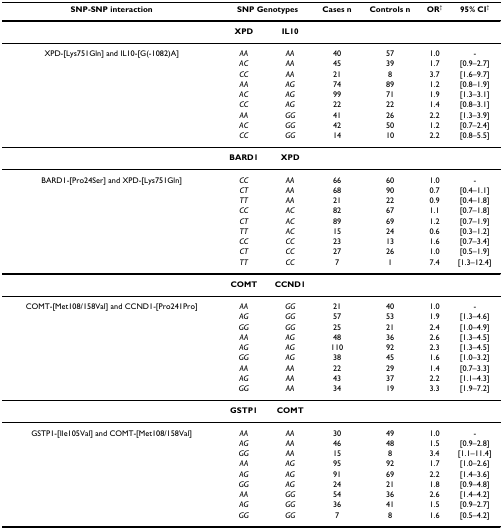
<table><thead><tr><td><b>SNP-SNP interaction</b></td><td colspan="2"><b>SNP Genotypes</b></td><td><b>Cases n</b></td><td><b>Controls n</b></td><td><b>OR<sup>†</sup></b></td><td><b>95% CI<sup>†</sup></b></td></tr></thead><tbody><tr><td></td><td><b>XPD</b></td><td><b>IL10</b></td><td></td><td></td><td></td><td></td></tr><tr><td>XPD-[Lys751Gln] and IL10-[G(-1082)A]</td><td><i>AA</i></td><td><i>AA</i></td><td>40</td><td>57</td><td>1.0</td><td>-</td></tr><tr><td></td><td><i>AC</i></td><td><i>AA</i></td><td>45</td><td>39</td><td>1.7</td><td>[0.9–2.7]</td></tr><tr><td></td><td><i>CC</i></td><td><i>AA</i></td><td>21</td><td>8</td><td>3.7</td><td>[1.6–9.7]</td></tr><tr><td></td><td><i>AA</i></td><td><i>AG</i></td><td>74</td><td>89</td><td>1.2</td><td>[0.8–1.9]</td></tr><tr><td></td><td><i>AC</i></td><td><i>AG</i></td><td>99</td><td>71</td><td>1.9</td><td>[1.3–3.1]</td></tr><tr><td></td><td><i>CC</i></td><td><i>AG</i></td><td>22</td><td>22</td><td>1.4</td><td>[0.8–3.1]</td></tr><tr><td></td><td><i>AA</i></td><td><i>GG</i></td><td>41</td><td>26</td><td>2.2</td><td>[1.3–3.9]</td></tr><tr><td></td><td><i>AC</i></td><td><i>GG</i></td><td>42</td><td>50</td><td>1.2</td><td>[0.7–2.4]</td></tr><tr><td></td><td><i>CC</i></td><td><i>GG</i></td><td>14</td><td>10</td><td>2.2</td><td>[0.8–5.5]</td></tr><tr><td></td><td><b>BARD1</b></td><td><b>XPD</b></td><td></td><td></td><td></td><td></td></tr><tr><td>BARD1-[Pro24Ser] and XPD-[Lys751Gln]</td><td><i>CC</i></td><td><i>AA</i></td><td>66</td><td>60</td><td>1.0</td><td>-</td></tr><tr><td></td><td><i>CT</i></td><td><i>AA</i></td><td>68</td><td>90</td><td>0.7</td><td>[0.4–1.1]</td></tr><tr><td></td><td><i>TT</i></td><td><i>AA</i></td><td>21</td><td>22</td><td>0.9</td><td>[0.4–1.8]</td></tr><tr><td></td><td><i>CC</i></td><td><i>AC</i></td><td>82</td><td>67</td><td>1.1</td><td>[0.7–1.8]</td></tr><tr><td></td><td><i>CT</i></td><td><i>AC</i></td><td>89</td><td>69</td><td>1.2</td><td>[0.7–1.9]</td></tr><tr><td></td><td><i>TT</i></td><td><i>AC</i></td><td>15</td><td>24</td><td>0.6</td><td>[0.3–1.2]</td></tr><tr><td></td><td><i>CC</i></td><td><i>CC</i></td><td>23</td><td>13</td><td>1.6</td><td>[0.7–3.4]</td></tr><tr><td></td><td><i>CT</i></td><td><i>CC</i></td><td>27</td><td>26</td><td>1.0</td><td>[0.5–1.9]</td></tr><tr><td></td><td><i>TT</i></td><td><i>CC</i></td><td>7</td><td>1</td><td>7.4</td><td>[1.3–12.4]</td></tr><tr><td></td><td><b>COMT</b></td><td><b>CCND1</b></td><td></td><td></td><td></td><td></td></tr><tr><td>COMT-[Met108/158Val] and CCND1-[Pro241Pro]</td><td><i>AA</i></td><td><i>GG</i></td><td>21</td><td>40</td><td>1.0</td><td>-</td></tr><tr><td></td><td><i>AG</i></td><td><i>GG</i></td><td>57</td><td>53</td><td>1.9</td><td>[1.3–4.6]</td></tr><tr><td></td><td><i>GG</i></td><td><i>GG</i></td><td>25</td><td>21</td><td>2.4</td><td>[1.0–4.9]</td></tr><tr><td></td><td><i>AA</i></td><td><i>AG</i></td><td>48</td><td>36</td><td>2.6</td><td>[1.3–4.5]</td></tr><tr><td></td><td><i>AG</i></td><td><i>AG</i></td><td>110</td><td>92</td><td>2.3</td><td>[1.3–4.5]</td></tr><tr><td></td><td><i>GG</i></td><td><i>AG</i></td><td>38</td><td>45</td><td>1.6</td><td>[1.0–3.2]</td></tr><tr><td></td><td><i>AA</i></td><td><i>AA</i></td><td>22</td><td>29</td><td>1.4</td><td>[0.7–3.3]</td></tr><tr><td></td><td><i>AG</i></td><td><i>AA</i></td><td>43</td><td>37</td><td>2.2</td><td>[1.1–4.3]</td></tr><tr><td></td><td><i>GG</i></td><td><i>AA</i></td><td>34</td><td>19</td><td>3.3</td><td>[1.9–7.2]</td></tr><tr><td></td><td><b>GSTP1</b></td><td><b>COMT</b></td><td></td><td></td><td></td><td></td></tr><tr><td>GSTP1-[Ile105Val] and COMT-[Met108/158Val]</td><td><i>AA</i></td><td><i>AA</i></td><td>30</td><td>49</td><td>1.0</td><td>-</td></tr><tr><td></td><td><i>AG</i></td><td><i>AA</i></td><td>46</td><td>48</td><td>1.5</td><td>[0.9–2.8]</td></tr><tr><td></td><td><i>GG</i></td><td><i>AA</i></td><td>15</td><td>8</td><td>3.4</td><td>[1.1–11.4]</td></tr><tr><td></td><td><i>AA</i></td><td><i>AG</i></td><td>95</td><td>92</td><td>1.7</td><td>[1.0–2.6]</td></tr><tr><td></td><td><i>AG</i></td><td><i>AG</i></td><td>91</td><td>69</td><td>2.2</td><td>[1.4–3.6]</td></tr><tr><td></td><td><i>GG</i></td><td><i>AG</i></td><td>24</td><td>21</td><td>1.8</td><td>[0.9–4.8]</td></tr><tr><td></td><td><i>AA</i></td><td><i>GG</i></td><td>54</td><td>36</td><td>2.6</td><td>[1.4–4.2]</td></tr><tr><td></td><td><i>AG</i></td><td><i>GG</i></td><td>36</td><td>41</td><td>1.5</td><td>[0.9–2.7]</td></tr><tr><td></td><td><i>GG</i></td><td><i>GG</i></td><td>7</td><td>8</td><td>1.6</td><td>[0.5–4.2]</td></tr></tbody></table>